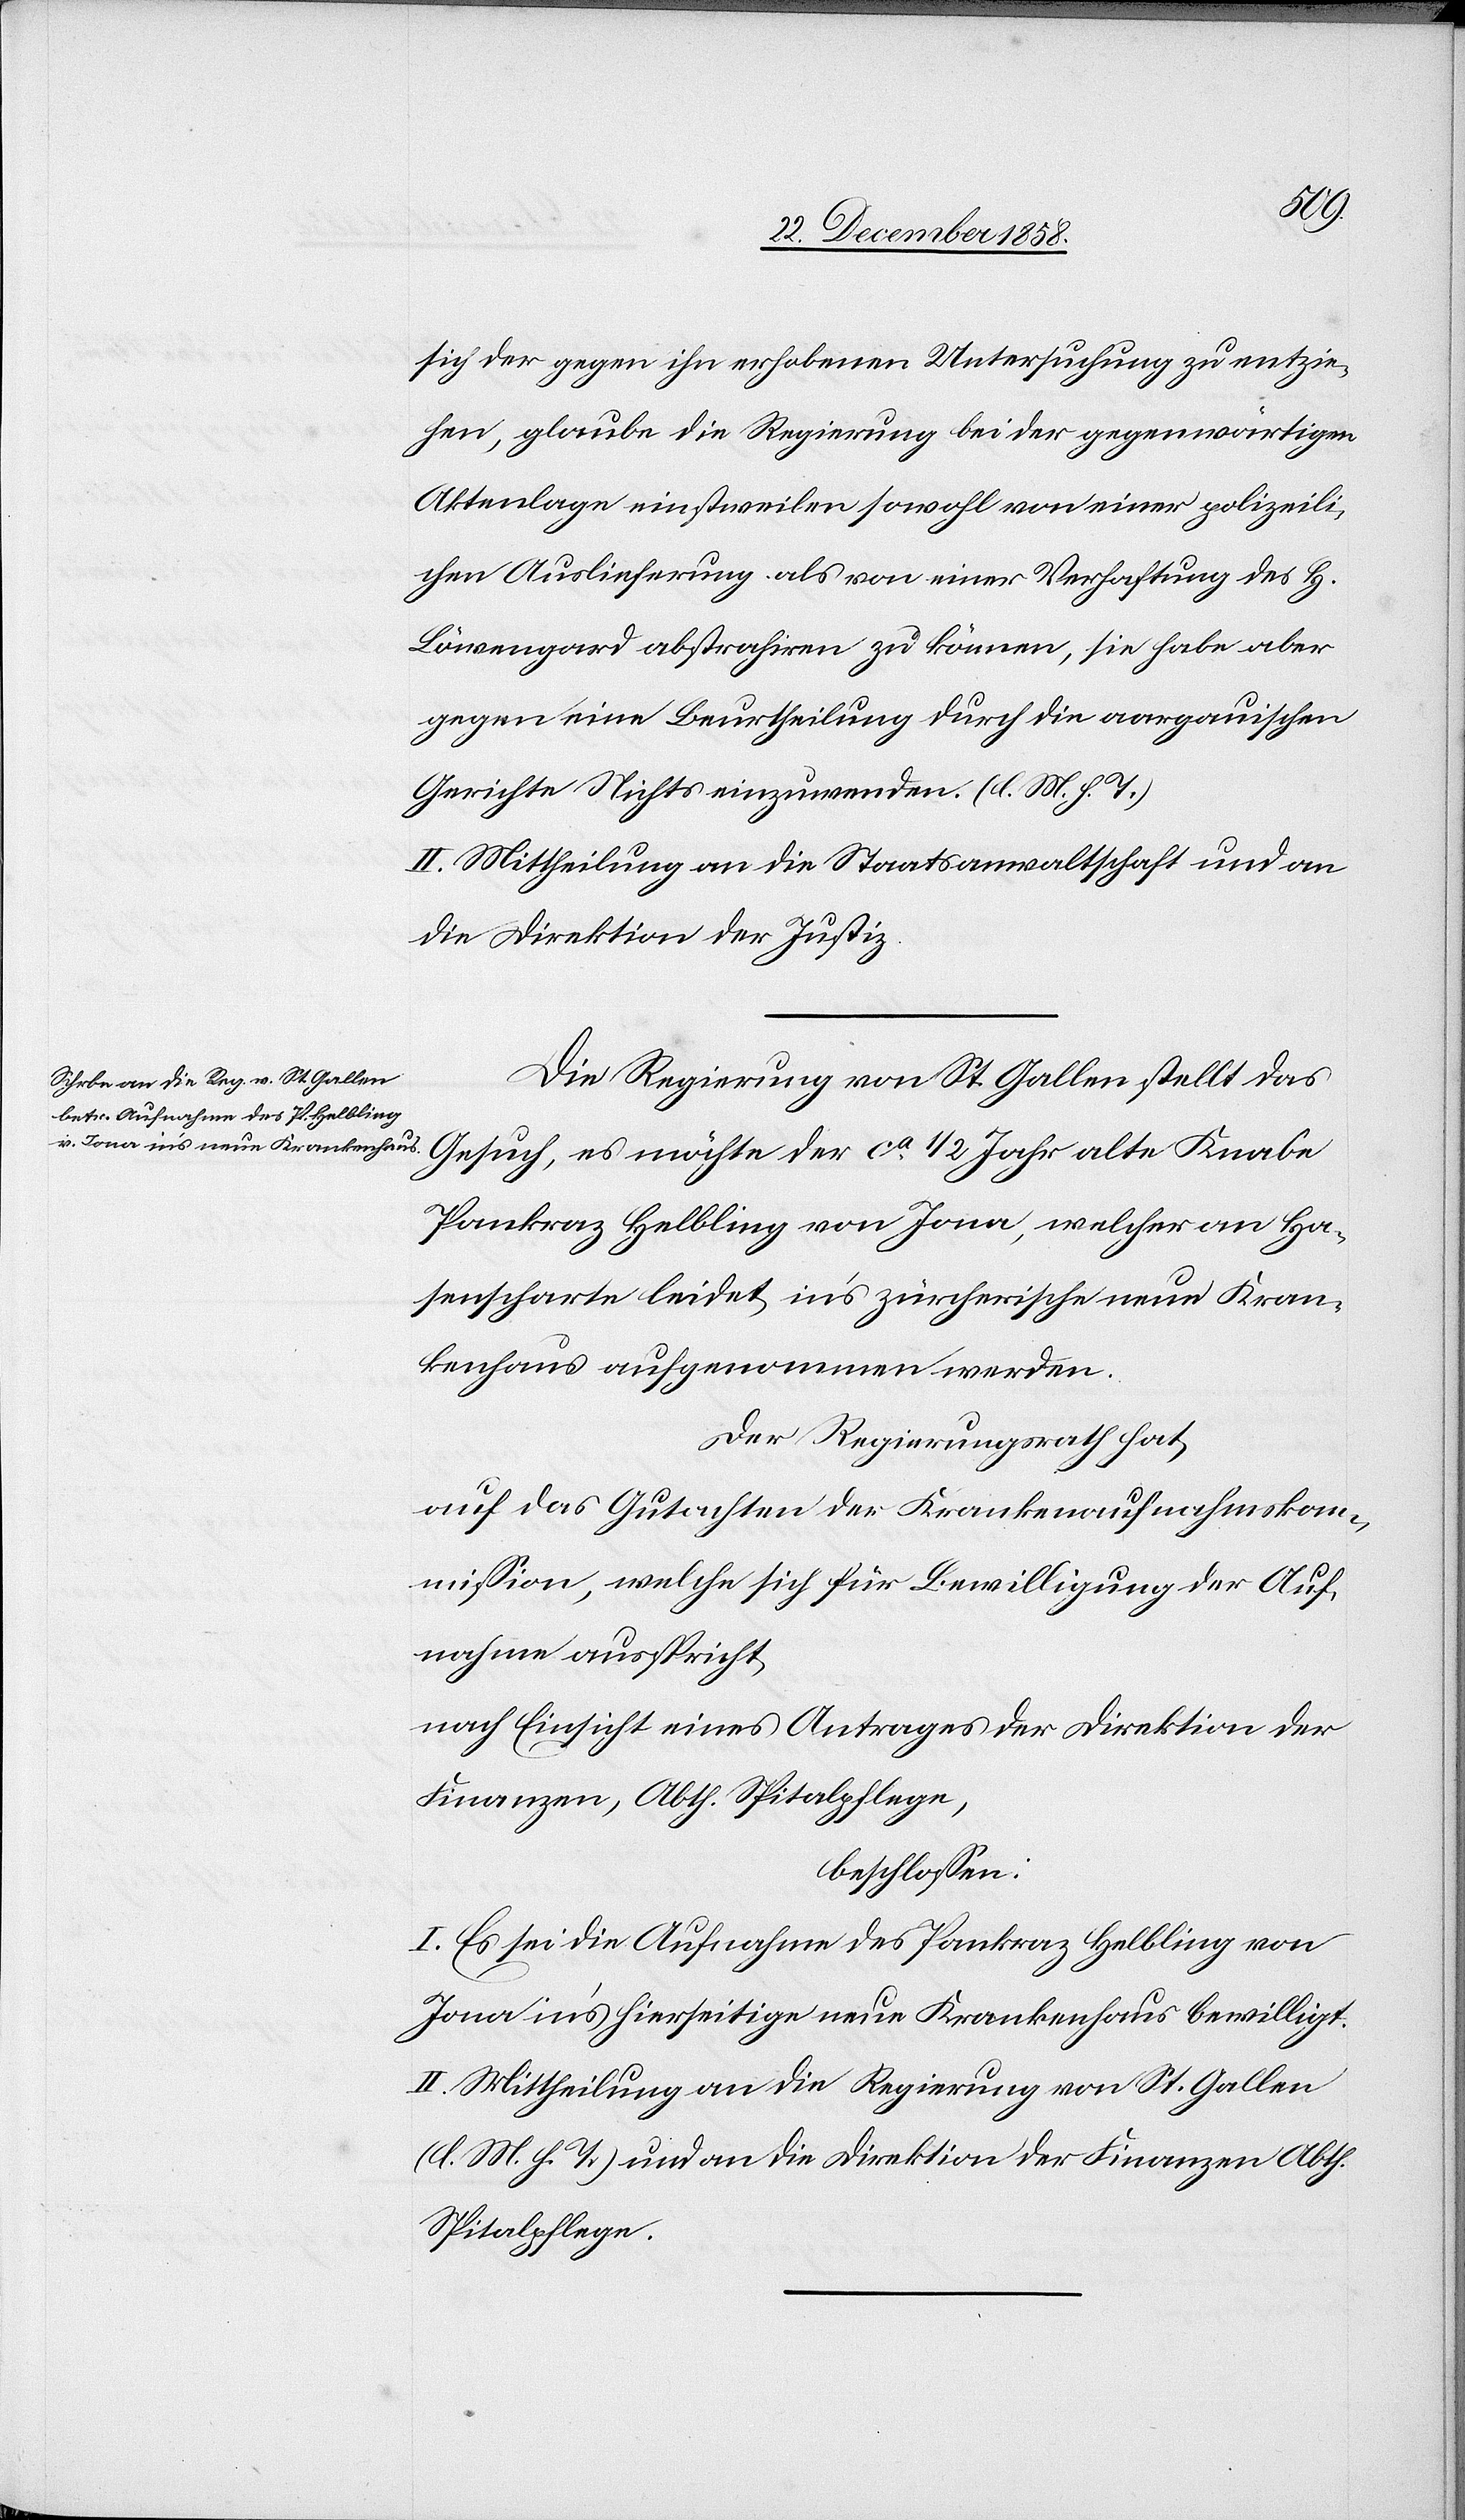
Wege
die Direktionen der Finanzen